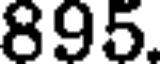
895.